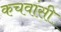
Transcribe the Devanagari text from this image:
कचवांसी